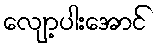
လျော့ပါးအောင်